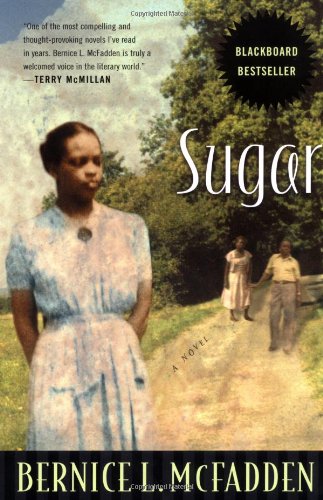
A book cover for Sugar: A Novel; Bernice L. McFadden; Literature & Fiction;